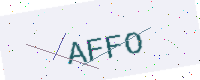
Text: AFFO